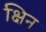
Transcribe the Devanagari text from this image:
क्षिन